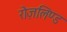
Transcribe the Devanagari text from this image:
रोज़लिण्ड